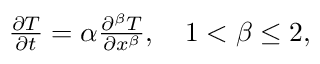
\begin{array} { r } { \frac { \partial T } { \partial t } = \alpha \frac { \partial ^ { \beta } T } { \partial x ^ { \beta } } , \quad 1 < \beta \leq 2 , } \end{array}